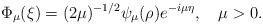
LaTeX: \begin{align*}\Phi_{\mu}(\xi)=(2\mu)^{-1/2}\psi_{\mu}(\rho)e^{-i\mu\eta},\quad\mu>0.\end{align*}